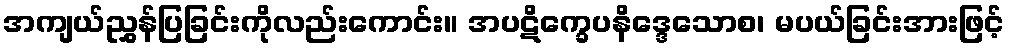
အကျယ်ညွှန်ပြခြင်းကိုလည်းကောင်း။ အပဋိက္ခေပနိဒ္ဒေသောစ၊ မပယ်ခြင်းအားဖြင့်